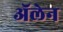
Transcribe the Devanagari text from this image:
ॲलेन